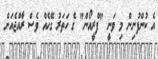
އެ ކުންފުނިން މި ވަނީ "ފްރީއޯން" ގެ ހަތަރު ގޭހެއް ވެސް ރާއްޖެއަށް